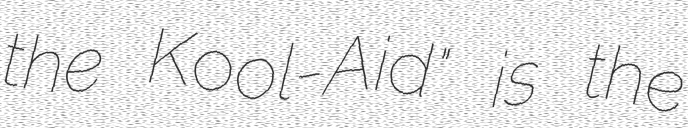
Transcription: the Kool-Aid" is the